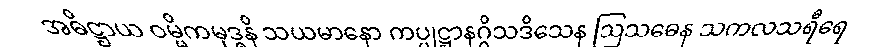
အဓိဋ္ဌာယ ဝမ္မိကမုဒ္ဓနိ သယမာနော ကပ္ပုဋ္ဌာနဂ္ဂိသဒိသေန ဩသဓေန သကလသရီရေ